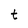
Character: t